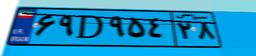
۷۹D۷۱۶۰۵